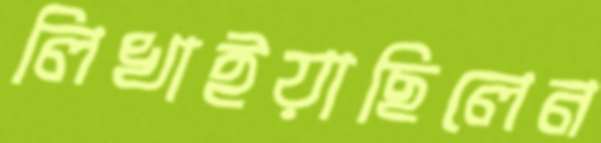
লিখাইয়াছিলেন